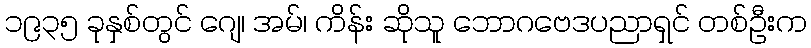
၁၉၃၅ ခုနှစ်တွင် ဂျေ၊ အမ်၊ ကိန်း ဆိုသူ ဘောဂဗေဒပညာရှင် တစ်ဦးက